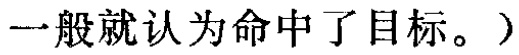
一般就认为命中了目标。）